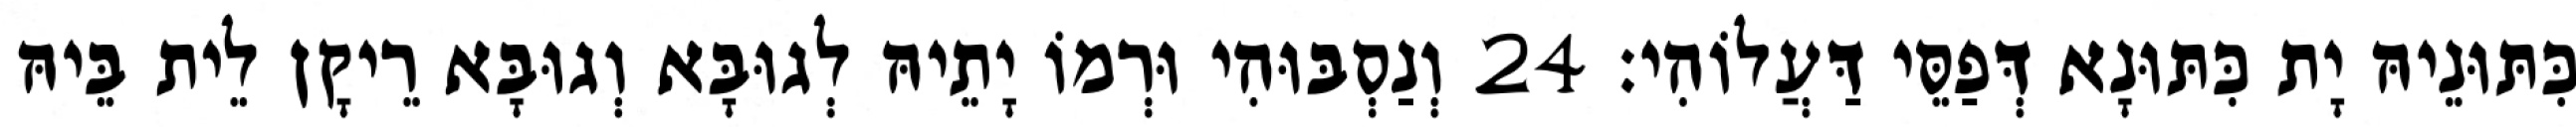
כִּתּוּנֵיהּ יָת כִּתּוּנָא דְּפַסֵּי דַּעֲלוֹהִי׃ 24 וְנַסְבּוּהִי וּרְמוֹ יָתֵיהּ לְגוּבָּא וְגוּבָּא רֵיקָן לֵית בֵּיהּ